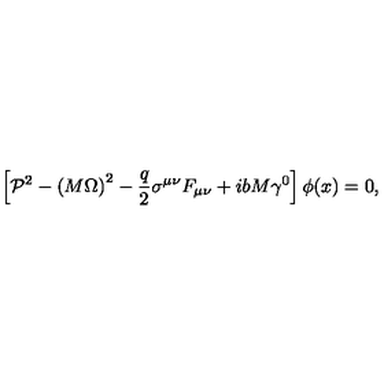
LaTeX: \left[ { \cal P } ^ { 2 } - \left( M \Omega \right) ^ { 2 } - \frac q 2 \sigma ^ { \mu \nu } F _ { \mu \nu } + i b M \gamma ^ { 0 } \right] \phi ( x ) = 0 ,